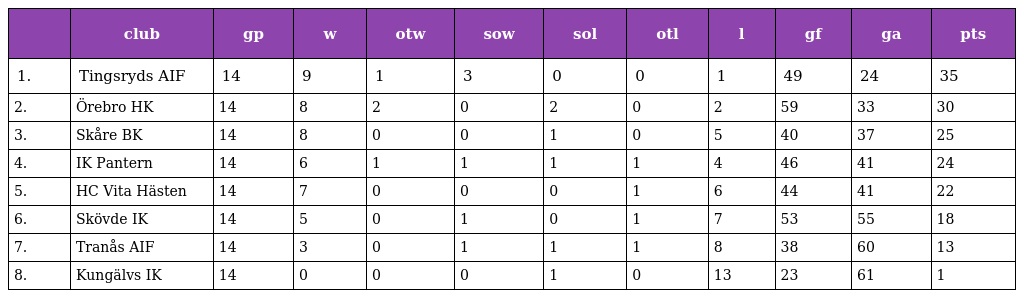
|  | club | gp | w | otw | sow | sol | otl | l | gf | ga | pts |
 | --- | --- | --- | --- | --- | --- | --- | --- | --- | --- | --- | --- |
 | 1. | Tingsryds AIF | 14 | 9 | 1 | 3 | 0 | 0 | 1 | 49 | 24 | 35 |
 | 2. | Örebro HK | 14 | 8 | 2 | 0 | 2 | 0 | 2 | 59 | 33 | 30 |
 | 3. | Skåre BK | 14 | 8 | 0 | 0 | 1 | 0 | 5 | 40 | 37 | 25 |
 | 4. | IK Pantern | 14 | 6 | 1 | 1 | 1 | 1 | 4 | 46 | 41 | 24 |
 | 5. | HC Vita Hästen | 14 | 7 | 0 | 0 | 0 | 1 | 6 | 44 | 41 | 22 |
 | 6. | Skövde IK | 14 | 5 | 0 | 1 | 0 | 1 | 7 | 53 | 55 | 18 |
 | 7. | Tranås AIF | 14 | 3 | 0 | 1 | 1 | 1 | 8 | 38 | 60 | 13 |
 | 8. | Kungälvs IK | 14 | 0 | 0 | 0 | 1 | 0 | 13 | 23 | 61 | 1 |